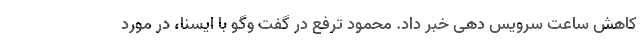
کاهش ساعت سرویس دهی خبر داد. محمود ترفع در گفت وگو با ایسنا، در مورد